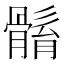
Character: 𩩼